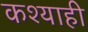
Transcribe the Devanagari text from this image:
कश्याही